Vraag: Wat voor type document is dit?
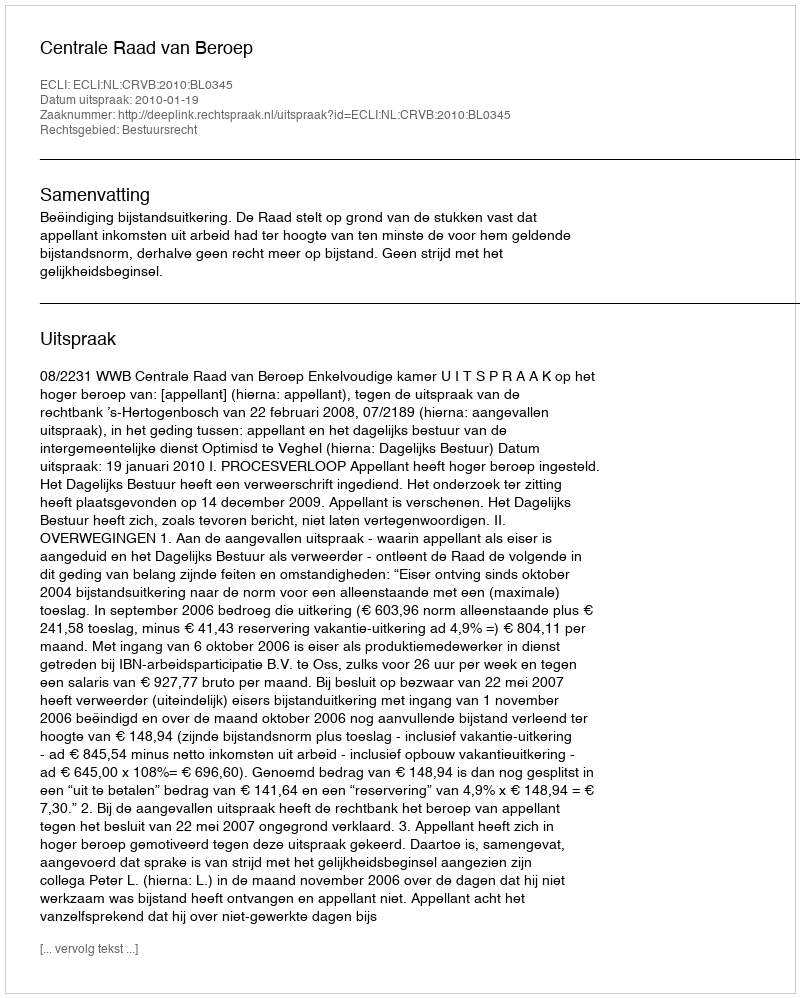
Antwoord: Uitspraak